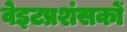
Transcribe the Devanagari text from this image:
वेइटप्रशंसकों